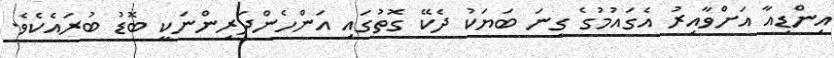
އިންޑިއާ އަށްވާއިރު އެގައުމުގެ ގިނަ ބަޔަކު ދެކޭ ގޮތުގައި އަންހެންދަރިންނަކީ ބޮޑު ބުރައެކެވެ.